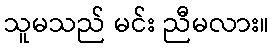
သူမသည် မင်း ညီမလား။